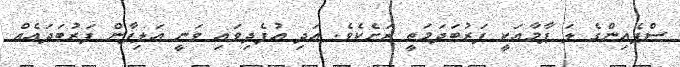
ސްޕެއިންގެ ލަ ޕާމާއަކީ ފަރުބަދަމަތީ ރަށެކެވެ. އަދި އުފެދިވައި ވަނީ އަލިފާން ފަރުބަދައެއް